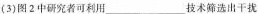
(3)图2中研究者可利用___技术筛选出干扰